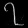
Digit: ၇